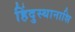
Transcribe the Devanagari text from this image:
हिंदुस्थानाशि